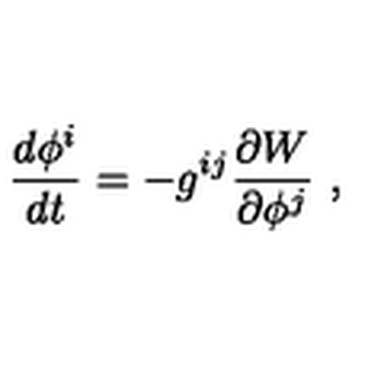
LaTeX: \frac { d \phi ^ { i } } { d t } = - g ^ { i j } \frac { \partial W } { \partial \phi ^ { j } } \ ,